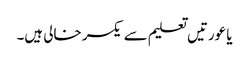
یا عورتیں تعلیم سے یکسر خالی ہیں۔